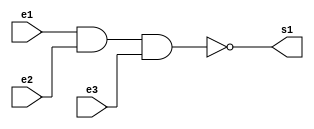
//----------------
//@autor: Rafael de Freitas Queiroz Matosinhos
//@Guia 01 - Exemplo 001
//@Matricula: 420139
//----------------

//----------------
//-- NAND GATE ---
//----------------

module nandgate (s1, e1, e2, e3);
   output s1;
   input  e1, e2, e3;
   assign s1 = ~((e1&e2)&e3);
endmodule


//----------------
//-- NAND TEST ---
//----------------

module testnandgate;
reg e1, e2, e3;
wire s1;

nandgate nand1 (s1, e1, e2, e3);

initial begin

$display("Guia 01 - Exemplo 01");
      $display("NAND Gate");
      e1=0; e2=0; e3=0;
  #1  $display("~(%b & %b & %b) = %b", e1, e2, e3, s1);
  		e1=0; e2=0; e3=1;
  #1  $display("~(%b & %b & %b) = %b", e1, e2, e3, s1);
  		e1=0; e2=1; e3=0;
  #1  $display("~(%b & %b & %b) = %b", e1, e2, e3, s1);
  		e1=0; e2=1; e3=1;
  #1  $display("~(%b & %b & %b) = %b", e1, e2, e3, s1);
 		e1=1; e2=0; e3=0;
  #1  $display("~(%b & %b & %b) = %b", e1, e2, e3, s1);
 		e1=1; e2=0; e3=1;
  #1  $display("~(%b & %b & %b) = %b", e1, e2, e3, s1);
  		e1=1; e2=1; e3=0;
  #1  $display("~(%b & %b & %b) = %b", e1, e2, e3, s1);
 		e1=1; e2=1; e3=1;
  #1  $display("~(%b & %b & %b) = %b", e1, e2, e3, s1);
  
end
	
endmodule

//--- TESTES -----
//---    Guia 01 - Exemplo 01
//---    NAND Gate
//---    ~(0 & 0 & 0) = 1
//---    ~(0 & 0 & 1) = 1
//---    ~(0 & 1 & 0) = 1
//---    ~(0 & 1 & 1) = 1
//---    ~(1 & 0 & 0) = 1
//---    ~(1 & 0 & 1) = 1
//---    ~(1 & 1 & 0) = 1
//---    ~(1 & 1 & 1) = 0
//----------------